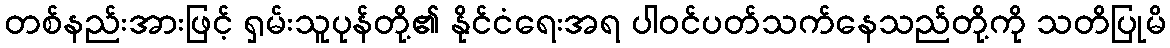
တစ်နည်းအားဖြင့် ရှမ်းသူပုန်တို့၏ နိုင်ငံရေးအရ ပါဝင်ပတ်သက်နေသည်တို့ကို သတိပြုမိ